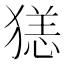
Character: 㺊